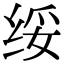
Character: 绥